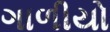
ગાળીયો